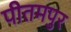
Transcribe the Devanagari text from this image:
पीतमपुर